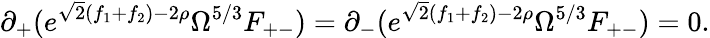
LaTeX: \partial_{+}(e^{\sqrt{2}(f_{1}+f_{2})-2\rho}\Omega^{5/3}F_{+-})=\partial_{-}(e^{\sqrt{2}(f_{1}+f_{2})-2\rho}\Omega^{5/3}F_{+-})=0.